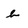
Character: b